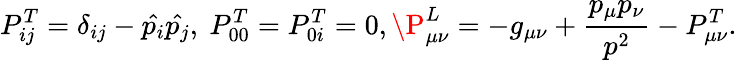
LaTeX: P_{ij}^{T}=\delta_{ij}-\hat{p_{i}}\hat{p_{j}},\ P_{00}^{T}=P_{0i}^{T}=0,\P_{\mu\nu}^{L}=-g_{\mu\nu}+{\frac{p_{\mu}p_{\nu}}{p^{2}}}-P_{\mu\nu}^{T}.